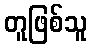
တူဖြစ်သူ